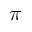
\pi